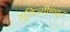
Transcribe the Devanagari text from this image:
सूत्रिज्यीमधून